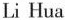
Li Hua